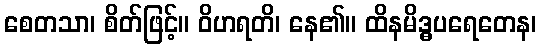
စေတသာ၊ စိတ်ဖြင့်။ ဝိဟရတိ၊ နေ၏။ ထိနမိဒ္ဓပရေတေန၊